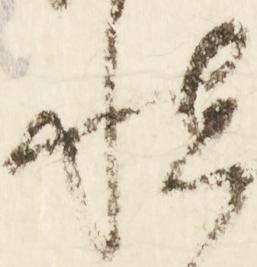
慎